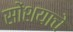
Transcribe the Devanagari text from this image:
सोंशयाचे